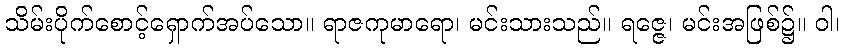
သိမ်းပိုက်စောင့်ရှောက်အပ်သော။ ရာဇကုမာရော၊ မင်းသားသည်။ ရဇ္ဇေ၊ မင်းအဖြစ်၌။ ဝါ၊